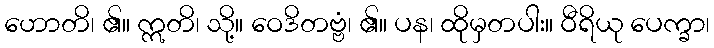
ဟောတိ၊ ၏။ ဣတိ၊ သို့။ ဝေဒိတဗ္ဗံ၊ ၏။ ပန၊ ထိုမှတပါး။ ဝီရိယု ပေက္ခာ၊